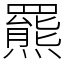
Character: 羆